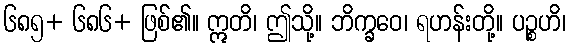
၆၈၅+ ၆၈၆+ ဖြစ်၏။ ဣတိ၊ ဤသို့။ ဘိက္ခဝေ၊ ရဟန်းတို့။ ပဉ္စဟိ၊